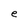
Character: e